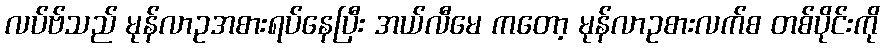
လပ်ဗ်သည် မုန်လာဥအစားရပ်နေပြီး အယ်လီမေ ကတော့ မုန်လာဥစားလက်စ တစ်ပိုင်းကို